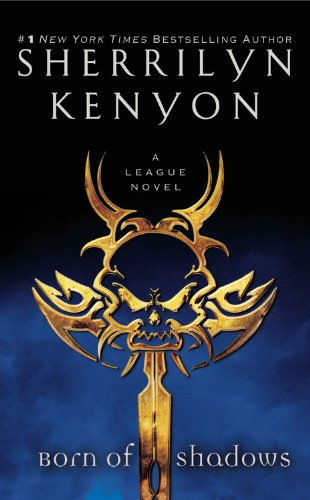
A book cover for Born of Shadows (The League); Sherrilyn Kenyon; Romance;